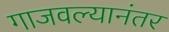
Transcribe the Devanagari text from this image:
गाजवल्यानंतर